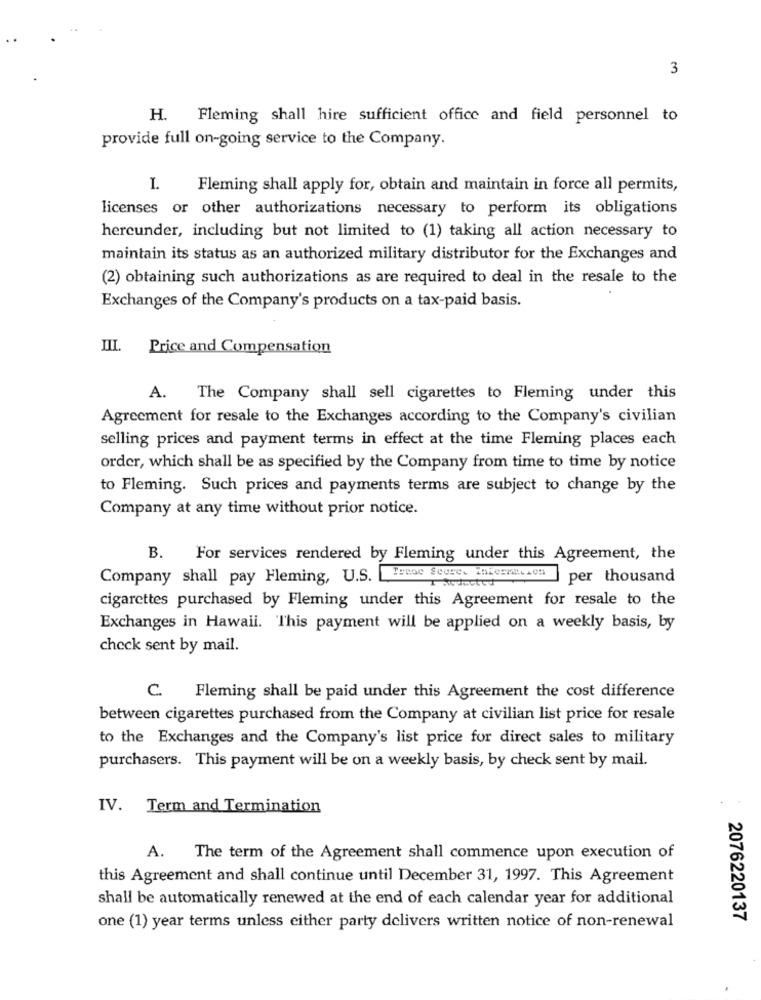
3
H.
Fleming shall hire sufficient office and field personnel to
provide full on-going service to the Company.
Fleming shall apply for, obtain and maintain in force all permits,
licenses or other authorizations necessary to perform its obligations
hereunder, including but not limited to (1) taking all action necessary to
maintain its status as an authorized military distributor for the Exchanges and
(2) obtaining such authorizations as are required to deal in the resale to the
Exchanges of the Company's products on a tax-paid basis.
III. Price and Compensation
A. The Company shall sell cigarettes to Fleming under this
Agreement for resale to the Exchanges according to the Company's civilian
selling prices and payment terms in effect at the time Fleming places each
order, which shall be as specified by the Company from time to time by notice
to Fleming. Such prices and payments terms are subject to change by the
Company at any time without prior notice.
B.
For services rendered by Fleming under this Agreement, the
Company shall pay Fleming, U.S.
per thousand
cigarettes purchased by Fleming under this Agreement for resale to the
Exchanges in Hawaii. This payment will be applied on a weekly basis, by
check sent by mail.
C.
Fleming shall be paid under this Agreement the cost difference
between cigarettes purchased from the Company at civilian list price for resale
to the Exchanges and the Company's list price for direct sales to military
purchasers. This payment will be on a weekly basis, by check sent by mail.
IV. Term and Termination
A.
The term of the Agreement shall commence upon execution of
this Agreement and shall continue until December 31, 1997. This Agreement
shall be automatically renewed at the end of each calendar year for additional
2076220137
one (1) year terms unless either party delivers written notice of non-renewal